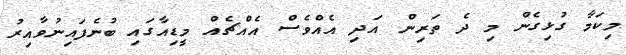
މިކަމާ ގުޅިގެން މި ދެ ތަރިން އަދި އެއްވެސް އެއްޗެއް މީޑިއާގައި ބުނެފައިނުވާއިރު